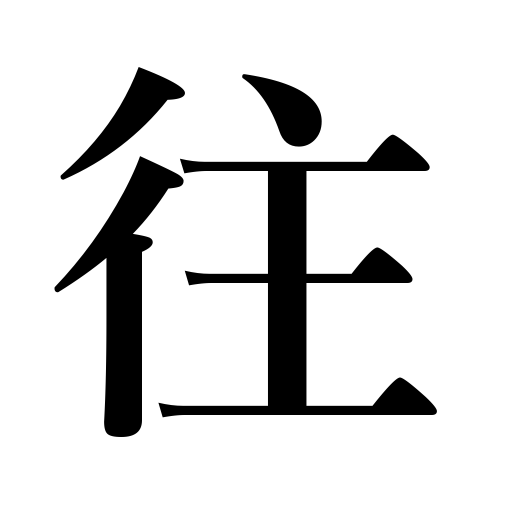
Meanings: let go,chase away